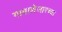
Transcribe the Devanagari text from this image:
गावाशेजारच्या